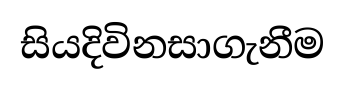
සියදිවිනසාගැනීම